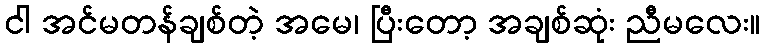
ငါ အင်မတန်ချစ်တဲ့ အမေ၊ ပြီးတော့ အချစ်ဆုံး ညီမလေး။